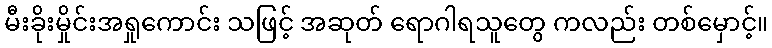
မီးခိုးမှိုင်းအရှုကောင်း သဖြင့် အဆုတ် ရောဂါရသူတွေ ကလည်း တစ်မှောင့်။